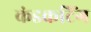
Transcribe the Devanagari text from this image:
कंडकटिंग